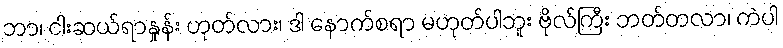
ဘာ၊ ငါးဆယ်ရာနှုန်း ဟုတ်လား၊ ဒါ နောက်စရာ မဟုတ်ပါဘူး ဗိုလ်ကြီး ဘတ်တလာ၊ ကဲပါ